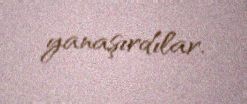
yanaşırdılar.